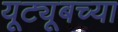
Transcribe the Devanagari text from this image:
यूट्यूबच्या